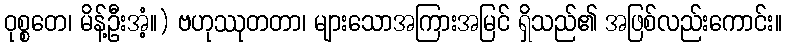
ဝုစ္စတေ၊ မိန့်ဦးအံ့။) ဗဟုဿုတတာ၊ များသောအကြားအမြင် ရှိသည်၏ အဖြစ်လည်းကောင်း။